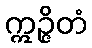
ဣဉ္ဇိတံ